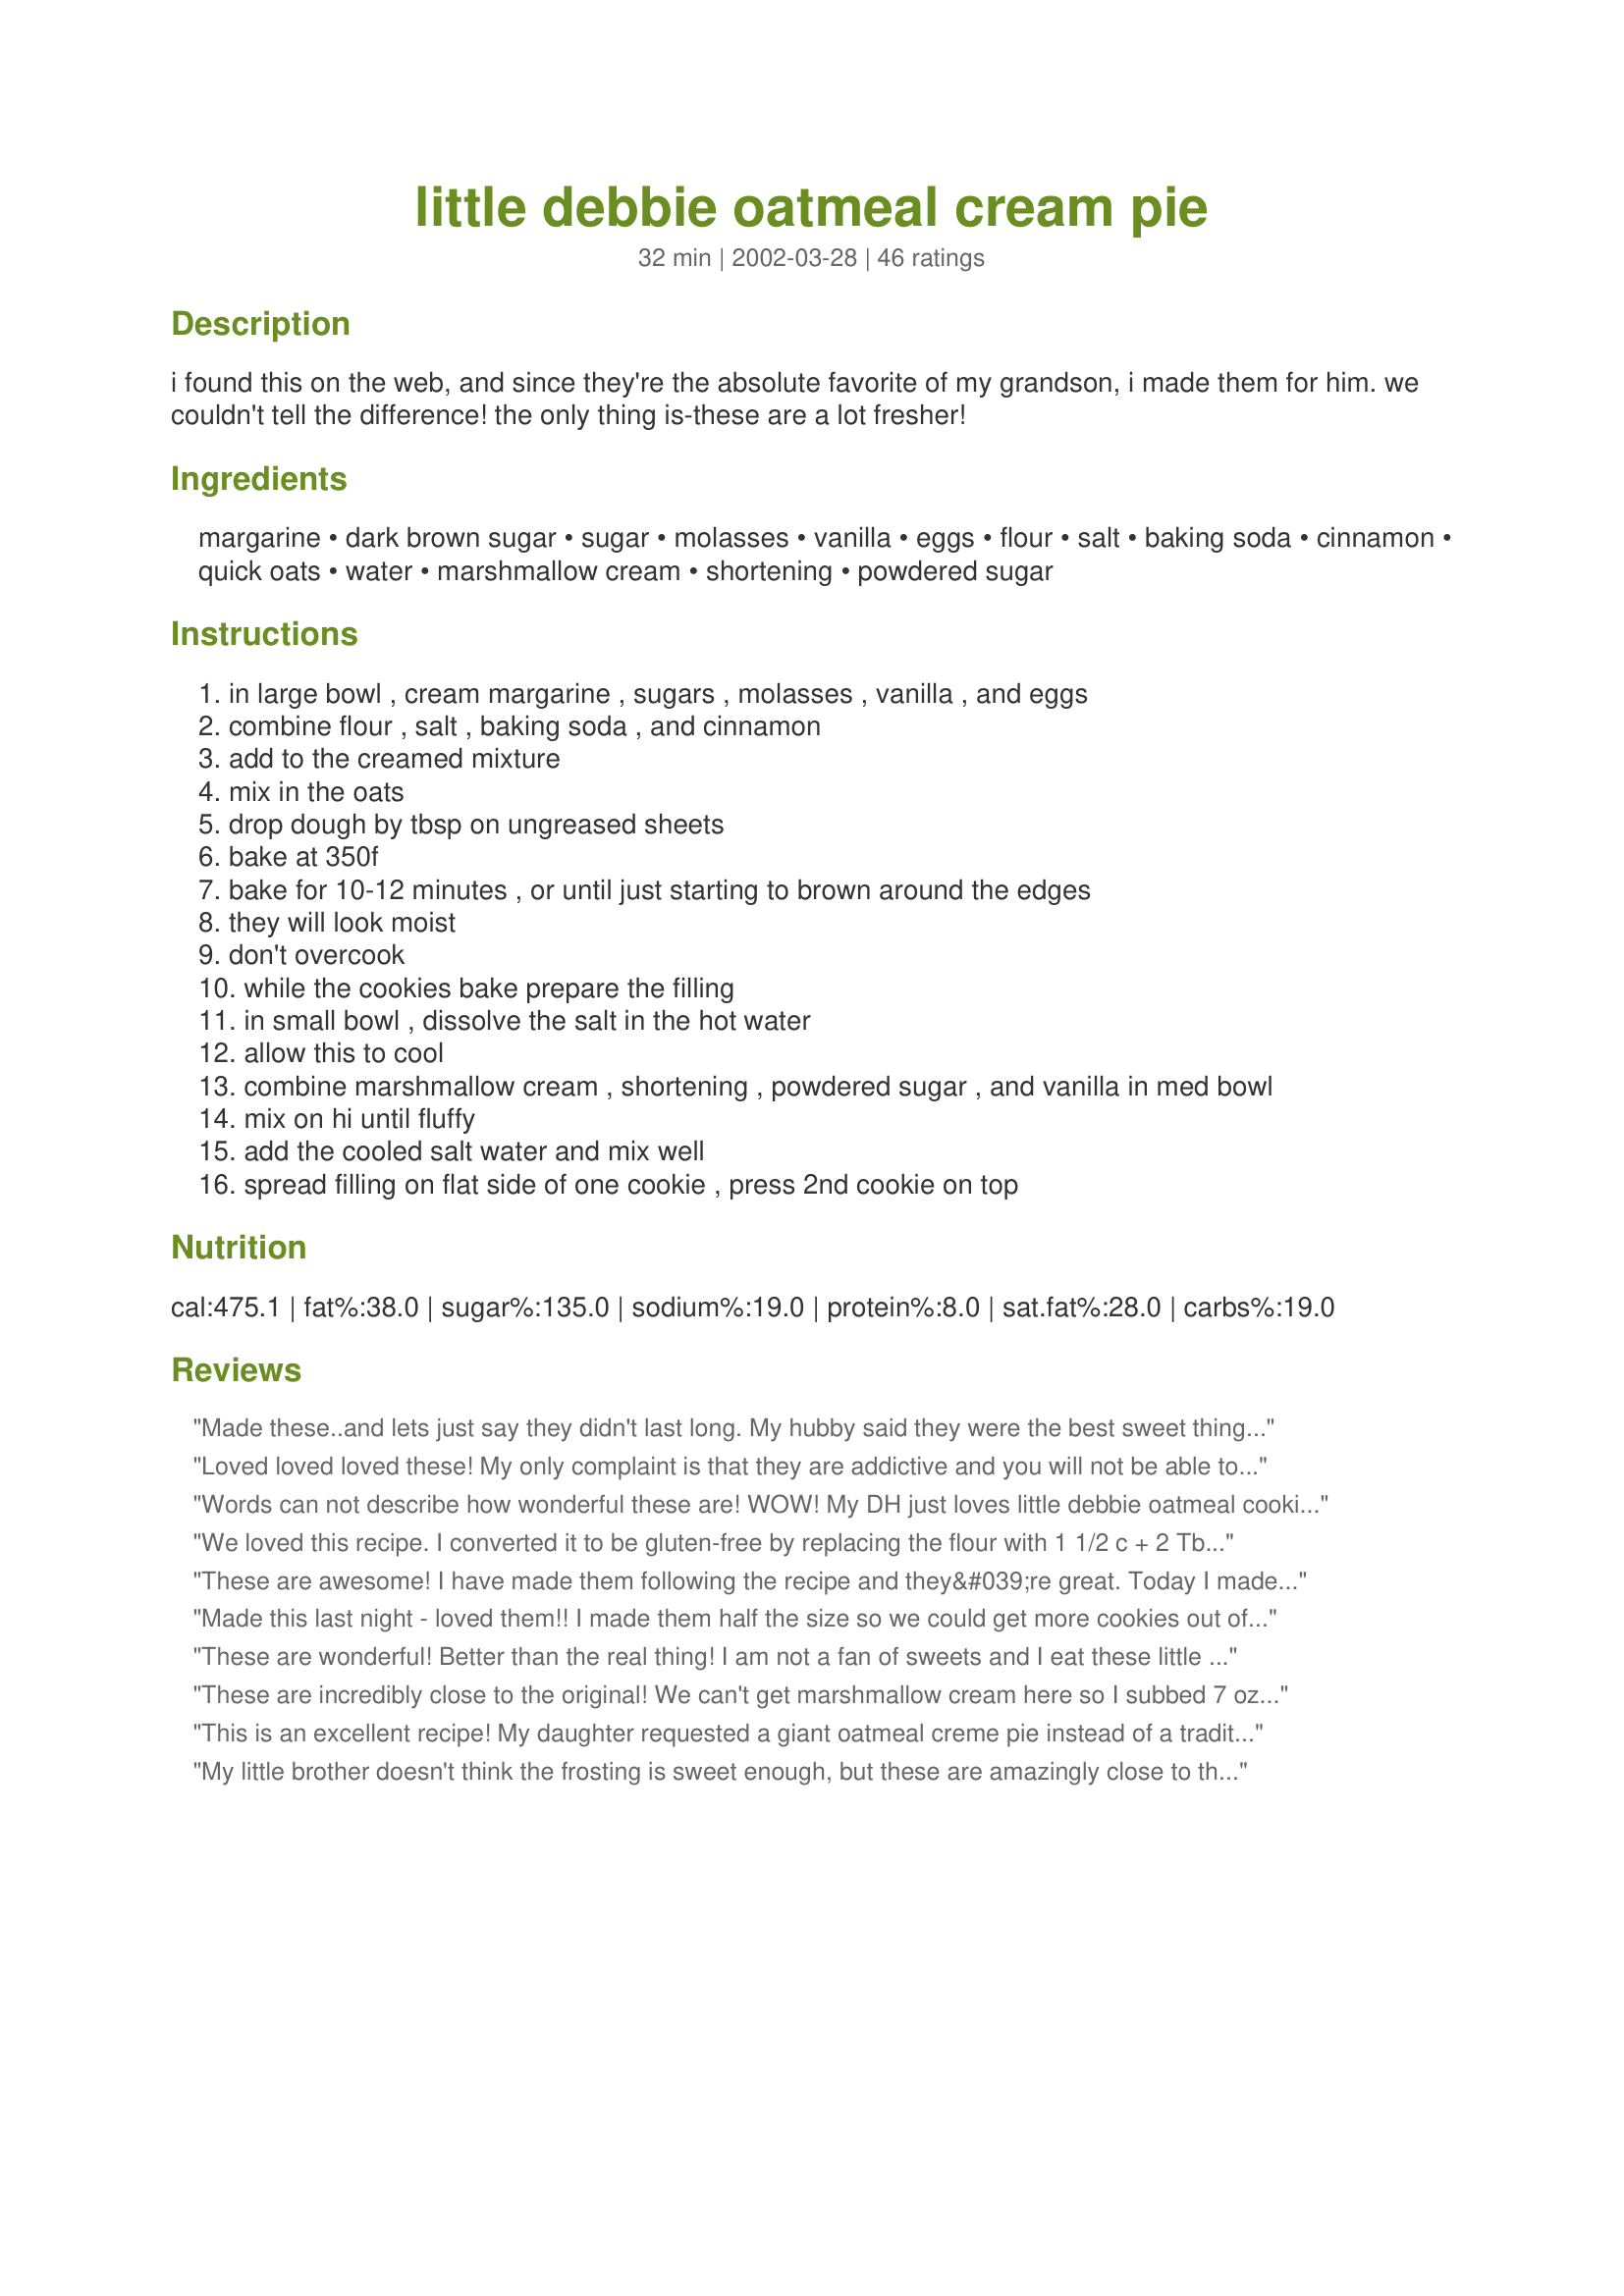
little debbie oatmeal cream pie
Preparation time: 32 minutes

i found this on the web, and since they're the absolute favorite of my grandson, i made them for him. we couldn't tell the difference! the only thing is-these are a lot fresher!

Ingredients:
margarine, dark brown sugar, sugar, molasses, vanilla, eggs, flour, salt, baking soda, cinnamon, quick oats, water, marshmallow cream, shortening, powdered sugar

Steps:
in large bowl , cream margarine , sugars , molasses , vanilla , and eggs
combine flour , salt , baking soda , and cinnamon
add to the creamed mixture
mix in the oats
drop dough by tbsp on ungreased sheets
bake at 350f
bake for 10-12 minutes , or until just starting to brown around the edges
they will look moist
don't overcook
while the cookies bake prepare the filling
in small bowl , dissolve the salt in the hot water
allow this to cool
combine marshmallow cream , shortening , powdered sugar , and vanilla in med bowl
mix on hi until fluffy
add the cooled salt water and mix well
spread filling on flat side of one cookie , press 2nd cookie on top

Reviews:
Made these..and lets just say they didn't last long. My hubby said they were the best sweet thing he has had in a long time! will be making these again!
Loved loved loved these! My only complaint is that they are addictive and you will not be able to resist them. Watch out, thunder-thighs!
Words can not describe how wonderful these are! WOW! My DH just loves little debbie oatmeal cookies. I made these this morning for when he arrives home this afternoon(if they make it that long LOL) 
The only thing I changed was...I used light brown sugar instead of the dark only because this is what I had on hand here at home. I don't think it would change the taste but next time I will try the dark brown sugar to see. 
This says to drop by tablespoons onto a cookie sheet, I advise to make it small tablespoon cause the dough spreads on the cookie sheet when baking. 
Thank you so much for sharing this fabulous recipe. Its one that I am most certain will be made many of times in our house. :)
We loved this recipe. I converted it to be gluten-free by replacing the flour with 1 1/2 c + 2 Tbsp of Connie Sarros flour blend & added 1/2 tsp zanthan gum. Also used Gf oats from Cream Hill Estates. My celiac son was thrilled to be able to eat these.
These are awesome! I have made them following the recipe and they&#039;re great. Today I made a gluten free batch, using Pamela&#039;s Artisan Flour Blend (her pancake/baking blend would be great too). I used 1/2 cup oat flour (just grind the oats in the food processor) and just under 2 cups of the GF flour blend, plus 1/2 tsp xanthan gum and an additional 1/2 tsp baking soda. Took me a few tries to get them to turn out just right, but those measurements did the trick. Delicious, as always!
Made this last night - loved them!!
I made them half the size so we could get more cookies out of it.
The only think I changed was double the cinnamon just because we like cinnamon a lot, lol
Loved it!! Messy but fun to make! And so good!
These are wonderful! Better than the real thing! I am not a fan of sweets and I eat these little cookies like nobody's business! I made them for Christmas, and since then have made them 2 other times just for myself. Thank you for a 10 STAR recipe!
These are incredibly close to the original! We can't get marshmallow cream here so I subbed 7 oz. of marshmallows, rinsed them to get rid of the cornstarch and melted them in the microwave before adding the other ingredients - the filling was a bit rubbery, so I would recommend using the real stuff if possible. I think I will leave the salt out of the filling next time though, as they seemed a bit salty to us. Had trouble getting the cookies off of my airbake pan, but no problem with my jelly roll pan - not sure why.
This is an excellent recipe! My daughter requested a giant oatmeal creme pie instead of a traditional birthday cake. I divided one batch into 2 - 9" cake pans and baked at 325 degrees for about 25 minutes, checking them regularly for "doneness". She, and everyone else at the party, was thrilled with how much the cake tasted exactly like a Little Debbie!!
My little brother doesn't think the frosting is sweet enough, but these are amazingly close to the originals. They spread a LOT, so make sure not to put them too close together on the cookie sheets. Overall, it was a great recipe -- they were easy to make and turned out great.
The first time I had a Little Debbie Oatmeal Cream Pie, I said - if I could only make these at home! These really do taste like the real thing! I had to experiment with Temp, but ended up with 375. Also, the second time, I made the cookies smaller, and made 1.5 batches of filling. Everyone was impressed!
Loved these! Great taste and flavor! They do take a bit of time and effort but my granddaughter and I had a great time bonding and then eating them.
We love Little Debbie's oatmeal cream pies, but we thought these were just okay. If you are planning on making them, I would definitely spray the pans so they come off easier, and I would double the filling.
Just made these tonight. I didn't think they tasted like the real thing. I got 20 pies out of it. Next time I will double the filling, without doubling the salt, and add more vanilla to it. I will also leave out the cinnamon from the cookies. 10 minutes baking time was perfect for these.
Great cookies! My kids and husband loved them! :) I used 1/2 butter and 1/2 butter flavored crisco. I also used light brown sugar. Thank you!
WOW!! I'm so impressed with how authentic these taste. The cookie part taste identical to a real little debbie oatmeal cream pie! They are so good. The only issue I ran into was with the filling. I did use butter and only added 6tbls. instead of the 8. The filling was too runny. I don't know if it had anything to do with the fact I used butter and not shortening, but I will definitely be making these again and again with the exception of tweaking the filling. Overall, these are a must try!
I had the same sticky cookies on my airbake but not my jelly roll pan as well. LOL I don't know why other then maybe the dark color? I did leave out the salt. Just a personal preference. I did add the cooled down hot water.. and yes I did cool hot water even tho it didn't have any salt in it.. Figured it out when my daughter asked why I was doing it.. lol I did have to double the filling though. There wouldn't have been enough. I grated my own cinnamon for this... a little goes a very long way. I did add a smidgen of ground cloves. Again another personal preference. And even with all the changes.. these came out AWESOME! Oh I did use butter not margarine..as well. This recipe is a sure fire keeper and a go to when oatmeal cookies get a little tiresome.. I found this recipe to be easy and fast and anyone can do it... Thanks again for posting MizzNezz!
With all the high reviews I was sure that these would come out better. They taste wonderful but the cookie itself is just way to thin and flimsy. Also I have to bake them until they are fully cooked since I am pregnant and I will tell you htat if you bake them until they are done then the edges get to hard and they stick to the pan. I had to double the filling for these. I was expecting them to be more fluffy rather then flat and crunchy.
I tried this recipe tonight it was better than Little Debbie. I think it was because they were fresh and so wonderful to eat them while they were still warm. Thanks so much for sharing this recipe.
Loved these cookies! We made these yesterday and they are almost gone - way better than the box and you can feel good about knowing all the ingredients. Would give them 10 stars if I could.
These honestly couldn't be any better! Just like LD's only SOOOO much better. The only criticism I have is, that like one of the other reviews said, there is not enough filling for all of the cookies (and we didn't use very much in each). It won't change my rating though...this is 5 star all the way!
I made these today finally since I found the recipe. I did grind the oatmeal finer and double it all. I got 29 good size pies out of a double recipe. I think next time I might add a tad more powered sugar and we could still taste the shortening but still really good. Why buy when you can make your own and know what is in them. Thank you so much for the recipe!!!
These oatmeal cream pies were not that good. There was so much work to make them and not worth the effort. I was disappointed in these. My family didn't like them either and they love Little Debbie brand. will not make these again.
These turned out really good. Followed the recipe exactly. Next time I will most likely double the filling as it barely made enough to lightly fill my pies.
Reeeeallly good! I don't know how they compare to Little Debbie as it's probably been 20 years since I've eaten one, but my kids and husband loved them! The only change I made was to use butter in the filling (didn't have any shortening) and then added a bit more powdered sugar to help thicken it up a bit. If you want a lot of filling you might want to double it, but I thought it was a good amount so the sweetness of the filling didn't totally overwhelm the flavor of the oatmeal cookies which are really tasty on their own.
Wow, these are really good. They taste a lot like the little debbies I remember. The only thing that is really different is that the bits of oat are more "chunky". If you prefer, I guess you could grind them up in a food processor a little before tossing them in. My kids (1 and 3)were silent for 10 minutes while they enjoyed them. I also thought that the filling wasn't going to be quite enough, but it turned out to be the perfect amount for 12 pies! Thanks for a wonderful different cookie :-)
Very good! So close to the real thing. My dh loves Little Debbie oatmeal cookies. This was a bit more work than I usually put into a batch of cookies, but it was worth it. More of a special occasion cookie. I don't think we even shared this batch with anyone! When making in the future, I think I will reduce the shortening a little in the cream filling. Perhaps to about 1/3 instead of 1/2 cup. Other than that, they were perfect. Thank you very much for making me a hero.
These are sweet ecspecially when your always licking your fingers. Baked at 350 degrees for 10 minutes, that was perfect. I got 17 finished cookies from the recipe. Next time I will make them about two tsp. size ..which I think will be perfect. Thanks fro the great recipe, that I will be making again and again and again.
These are just wonderful!
Wow! These are amazing! I made these for my boyfriend, who is a firefighter, to take to work. And they are definitely firefighter approved! They were gone within 4 hours!

The only problem I ran into was that the cookies were very hard to get off of the cookie sheet. Next time I will definitely use parchment paper or possibly lightly grease the cookie sheet. Otherwise, they were perfect!
Made these today for kids. recipe made 18. These did not spread much for me. Maybe because I used butter flavor crisco. The amount of filling was perfect. I had a little left over. Kids and Dh thought they were wonderful!!! DD(8) liked the cookies plain the best.DD(11) wanted to help make these next time. Will make again soon.Absolutely to die for!
I havled the recipe and they tasted great. Really impressed.
Excellent, just like Little Debbie's! Might want to make extra filling if you like 'em double-stuffed.
Wow, I've had a printout of this recipe since it was posted, and I finally got around to making them -- delicious, and so similar to the storebought version (but better, of course)! I lined my pans with parchment paper, so they didn't stick at all (they definitely spread quite a bit, though). Scooping them with a medium cookie scoop gave me 18 assembled pies. Next time, I think I'll double the filling (the not-too-sweet aspect of the filling was a nice counterpoint to the really sweet cookie part). Thanks for posting!
These were great. Tasted just like them, but better! If you double the recipe, do NOT double the salt in the filling. I did and it was inedible. Keep the original amount of salt. I gave them a 4 because the recipe had no temperature setting, so I had to experiment. 350 for 10 minutes and then letting them cool on the sheet for 5 minutes made perfect cookies.
Ok I just pulled these from the oven, dang are they soft, I love them just as a plain oatmeal cookie, I agree they don't taste like little debbies and they don't look like them but. This is a wonderful cookie, even with out the cream which I will be making shortly the texture is cake like the oatmeal really isn't that chewy like most oatmeal cookies and the flavor is light, not overly sweet. 

I made one change I used spleada instead of that extra cup of plain sugar, I made the change because I'm diabetic and after looking at the brown sugar plus the regular I was worried what these will do to me. Great cookie though!
Yummy ! These are a wonderful treat. Thanks so much for the recipe.
These were excellent! I will probably make these a little smaller next time and I do want to double the filling! Thanks for sharing.
These are great!! And fun to make.:) At 375, my cookies were done in 7 minutes. Any longer and they started getting crispy (although, I had to sub half butter and half shortening for the margarine, so that might be the difference). Thank you so much for the recipe!
Dangerously wonderful. Not exact, but so darn close you won't be able to leave them alone! Tips: 1. make on parchment paper 2. make smaller than the TBSP recommended a TSP woud be much better, as the tbsp spreads to about 4in. 3. let cool on cookie sheet completely, they'll be easier to handle. 4. Double the filling. 5. Be very careful with your molasses, if you go overboard, it wil be overpowering. You could probably get away with leaving it out especially if using DARK brown sugar. YUM!
Yummy! These were a bit messy, I recommend storing them in the freezer and then eating them frozen. They are very sweet, so we cut them in half and share. Definately a good treat!!
I tried this recipe tonight it was better than Little Debbie. I think it was because they were fresh and so wonderful to eat them while they were still warm. I think I will leave the salt out of the filling next time though, as they seemed a bit salty to me. Thanks so much for sharing.
This recipe is fantastic. They taste just like the Little Debbie boxed goodies, but they're better.

The next time I make these, however, I'll put less than a tablespoon of dough for each cookie. The tablespoon amount made the cookies a bit large.
OMG! I made these last night, and they were absolutely wonderful! I have 3 lil' girls and they cant get enough! Followed the recipe to a "T". When we make them next time, I think I might make the cookies abit smaller. Thanks for posting this totally addicting recipe! =)
Yummmy! BUT they were hard to work with. There's a fine line between being overdone and not being done enough, so the first batch was basically destroyed and we had to adjust from there. VERY good cookie!
really good especially the filling.&lt;br/&gt;Tip: before adding oats place in blender and pulse to course consistency.
